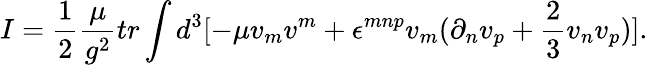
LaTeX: I=\frac{1}{2}\frac{\mu}{g^{2}}tr\int d^{3}[-\mu v_{m}v^{m}+\epsilon^{mnp}v_{m}(\partial_{n}v_{p}+\frac{2}{3}v_{n}v_{p})].